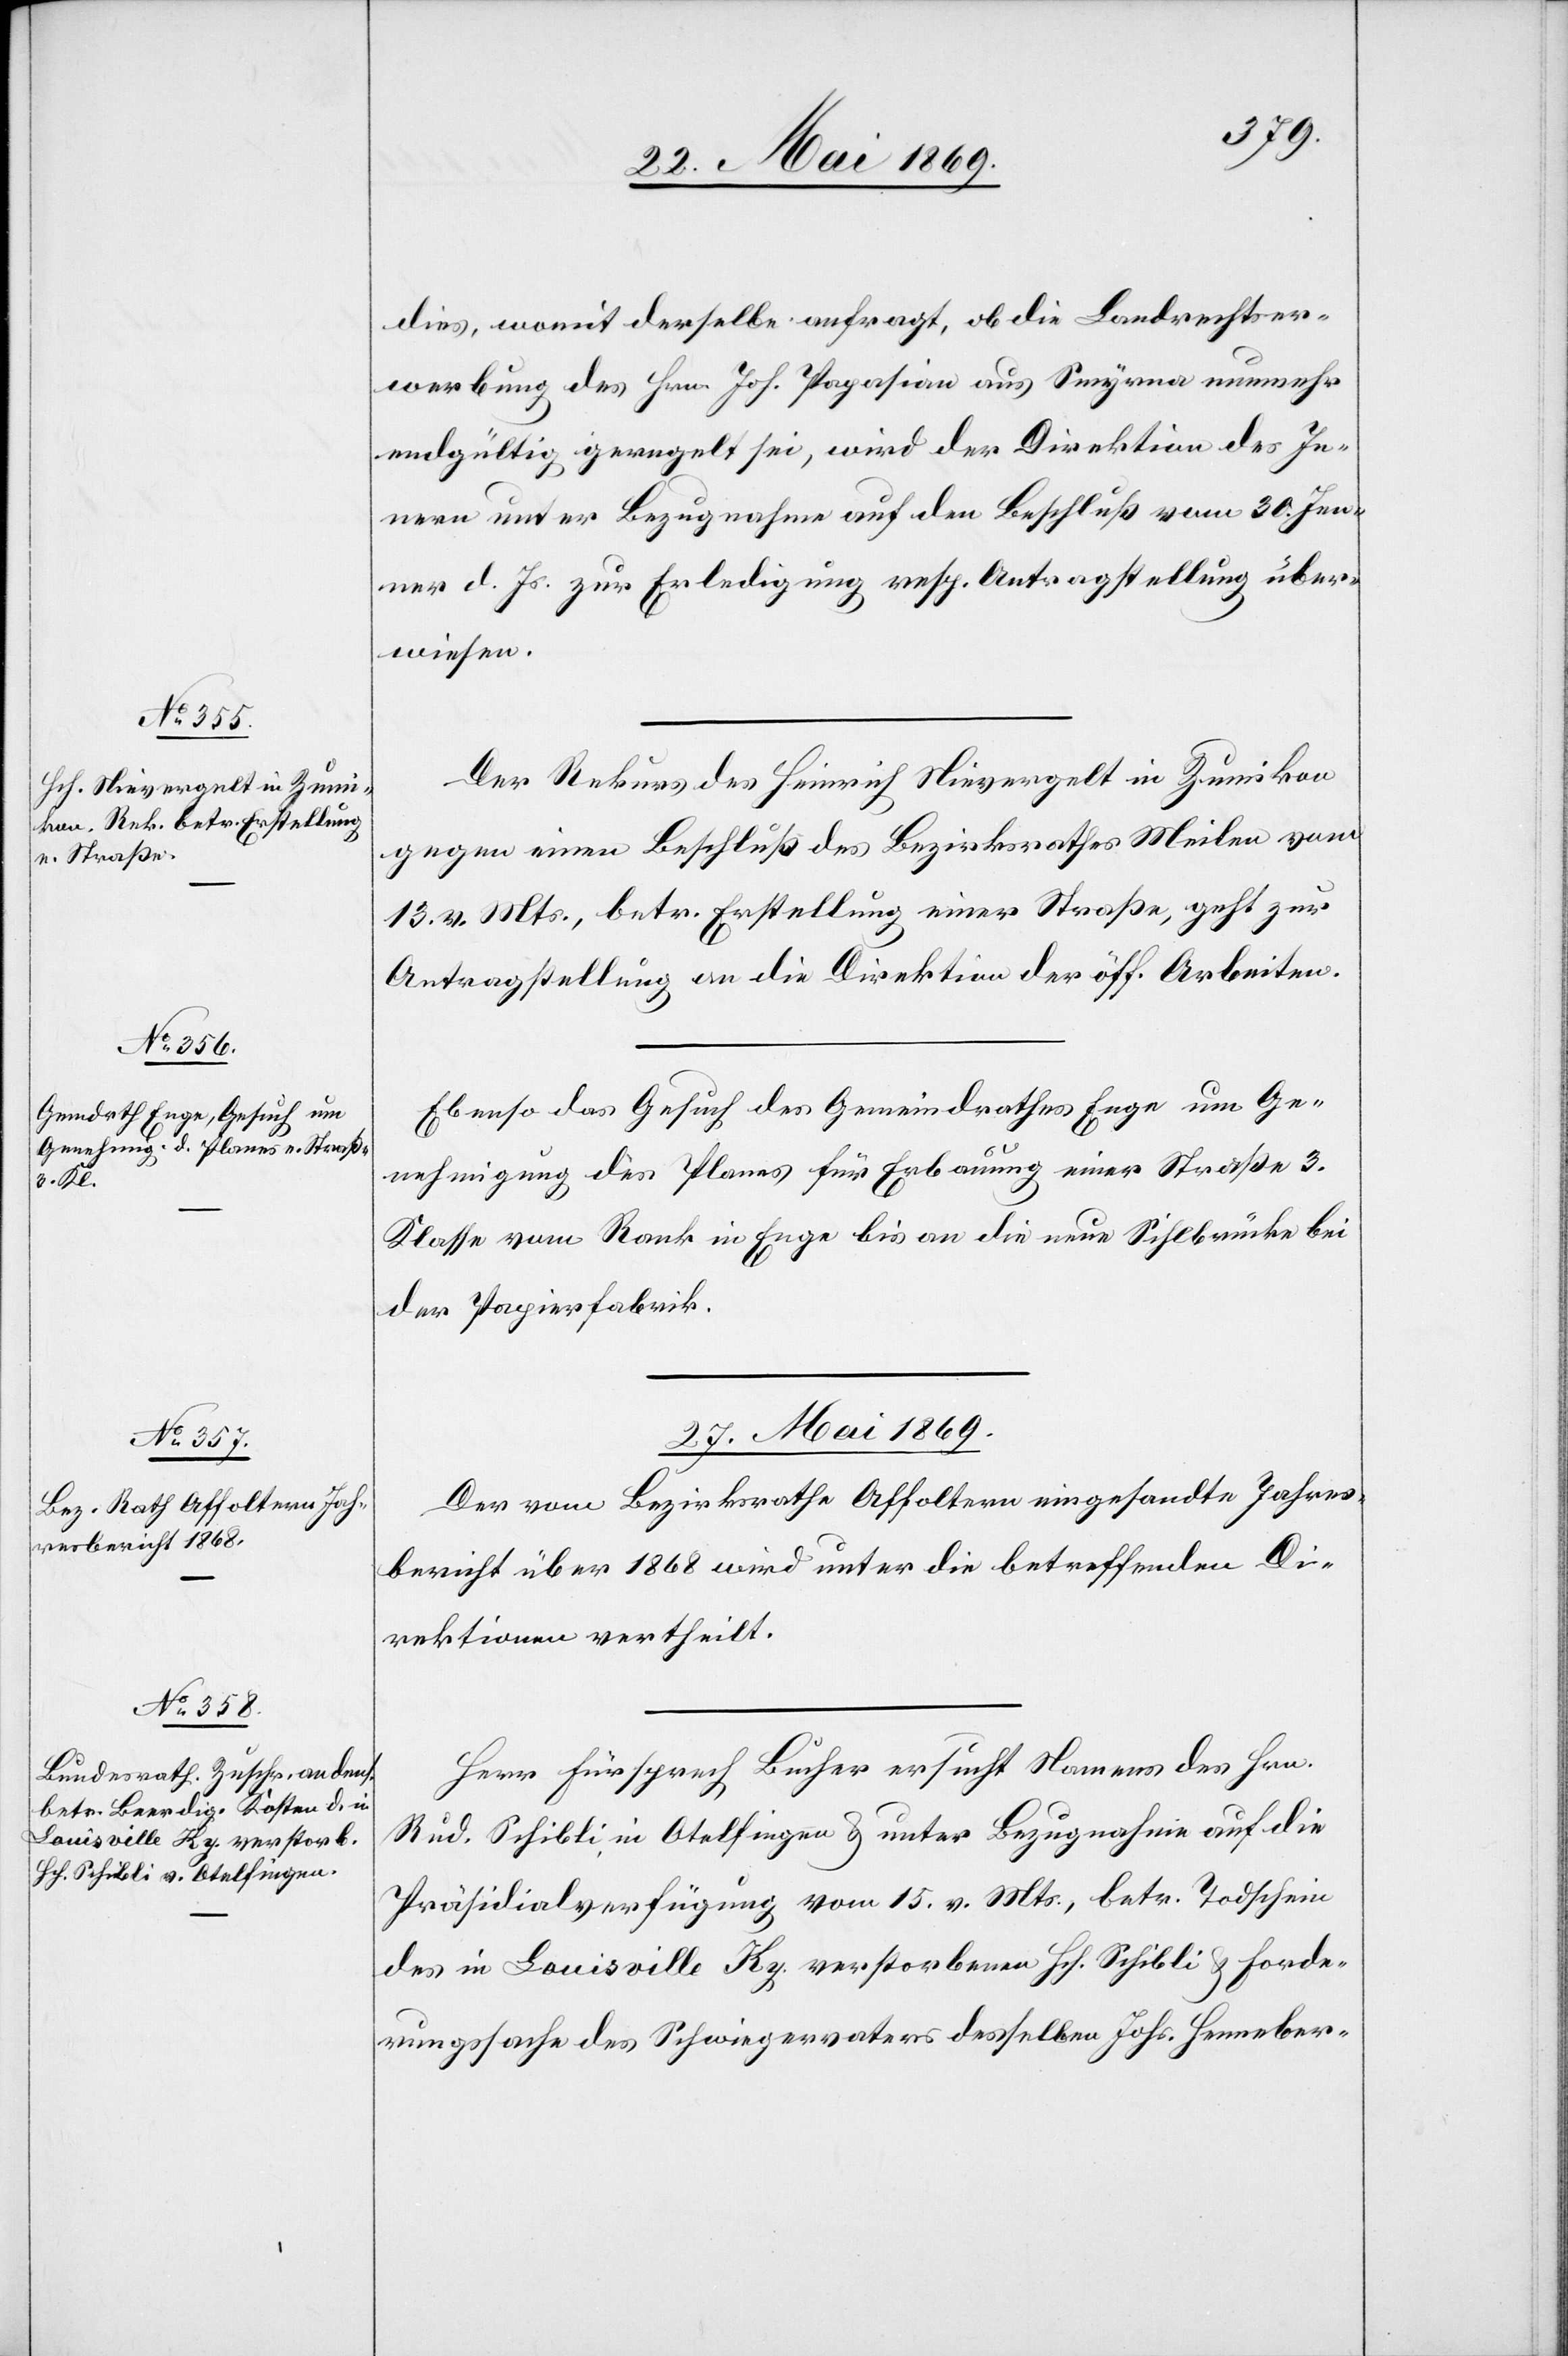
26. Mai 1869.]
dies, womit derselbe anfragt, ob die Landrechtser¬
werbung des Hrn. Joh. Pagasian aus Smyrna nunmehr
endgültig geregelt sei, wird der Direktion des In¬
nern unter Bezugnahme auf den Beschluß vom 30. Jen¬
ner d. Js. zur Erledigung resp. Antragstellung über¬
wiesen.
Der Rekurs des Heinrich Nievergelt in Zumikon
gegen einen Beschluß des Bezirksrathes Meilen vom
13. v. Mts., betr. Erstellung einer Straße, geht zur
Antragstellung an die Direktion der öff. Arbeiten.
Ebenso das Gesuch des Gemeindrathes Enge um Ge¬
nehmigung des Planes für Erbauung einer Straße 3.
Klasse vom Rank in Enge bis an die neue Sihlbrücke bei
der Papierfabrik.
27. Mai 1869.]
Der vom Bezirksrathe Affoltern eingesandte Jahres¬
bericht über 1868 wird unter die betreffenden Di¬
rektionen vertheilt.
Herr Fürsprech Bucher ersucht Namens des Hrn.
Rud. Schibli, in Otelfingen u. unter Bezugnahme auf die
Präsidialverfügung vom 15. v. Mts., betr. Todschein
des in Louisville Ky. verstorbenen Hch. Schibli u. Forde¬
rungssache des Schwiegervaters desselben Johs. Henneber-